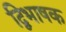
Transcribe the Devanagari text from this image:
द्विभाषक